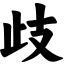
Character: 歧